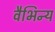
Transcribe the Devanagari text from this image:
वैभिन्य